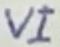
Text: VI